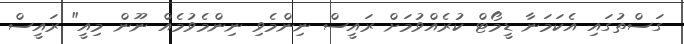
ގަސްތުގައި އެކަމަނާ ޑީމޯޓް ކުރެއްވުމަށް ރައީސް ނިންމެވި ނިންމެވުމެއް ނޫން މިއީ" ރައީސް